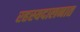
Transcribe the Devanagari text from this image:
रहस्यदालनात